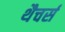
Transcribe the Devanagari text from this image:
थैचर्स